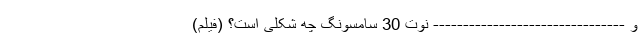
و -------------------------------- نوت 30 سامسونگ چه شکلی است؟ (فیلم)